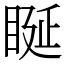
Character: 䀽